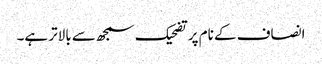
انصاف کے نام پر تضحیک سمجھ سے بالاتر ہے۔